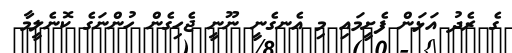
ގެ ރެދު އަޅަން ފެށީމައި މި އެނގެނީ ނޫނީ ޖެހިގެން ހުންނަގެ ކޮނެލީމާ